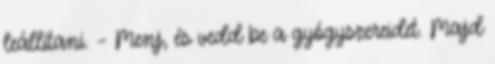
leállítani. – Menj, és vedd be a gyógyszereidet. Majd